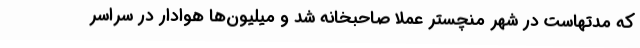
که مدتهاست در شهر منچستر عملاً صاحبخانه شد و میلیون‌ها هوادار در سراسر